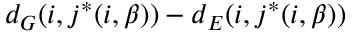
d _ { G } ( i , j ^ { \ast } ( i , \beta ) ) - d _ { E } ( i , j ^ { \ast } ( i , \beta ) )